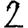
Digit: 2